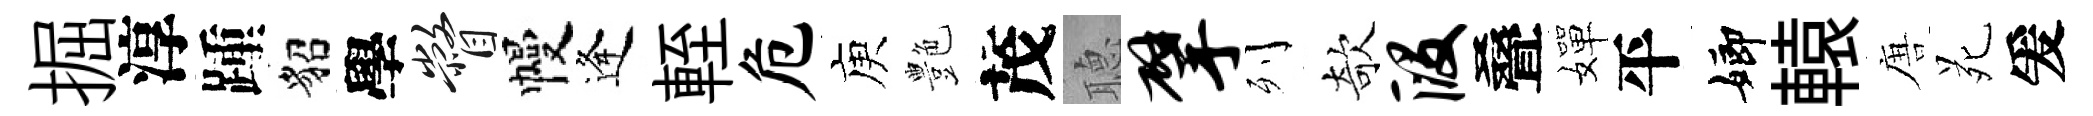
掘淳踵貂學瞥幔逢輊危庾艶茂𦗟擘列欹段叠嬋平嫏轅唐苑爰